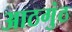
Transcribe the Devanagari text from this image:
आठगुंठ